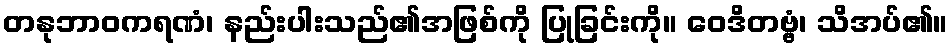
တနုဘာဝကရဏံ၊ နည်းပါးသည်၏အဖြစ်ကို ပြုခြင်းကို။ ဝေဒိတဗ္ဗံ၊ သိအပ်၏။